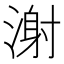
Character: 㴬